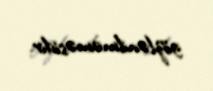
gözlənilməməsidir.